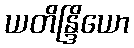
ယတိန္ဒြိယော